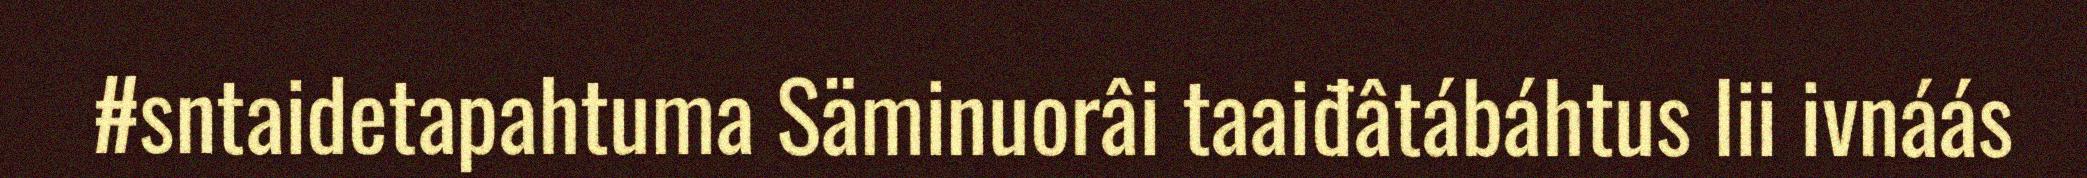
#sntaidetapahtuma Säminuorâi taaiđâtábáhtus lii ivnáás